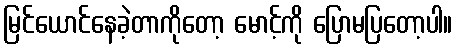
မြင်ယောင်နေခဲ့တာကိုတော့ မောင့်ကို ပြောမပြတော့ပါ။